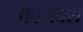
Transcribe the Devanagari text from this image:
कामवश